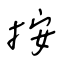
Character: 按